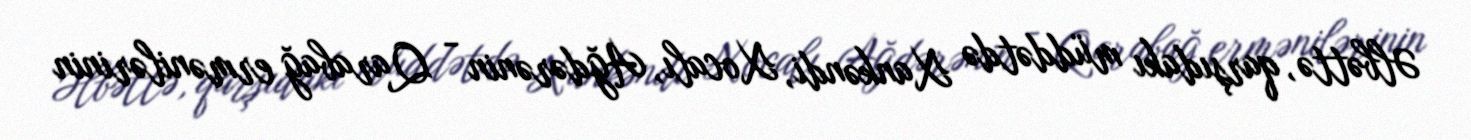
Əlbəttə, qarşıdakı müddətdə Xankəndi, Xocalı, Ağdərənin - Qarabağ ermənilərinin